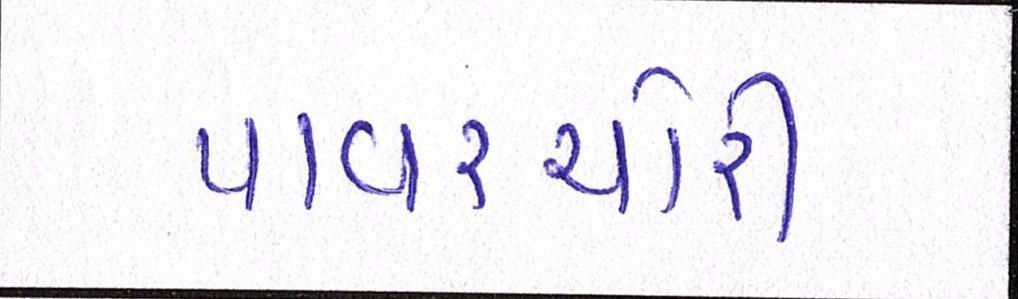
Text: પાવરચોરી